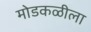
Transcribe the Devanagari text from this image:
मोडकळीला